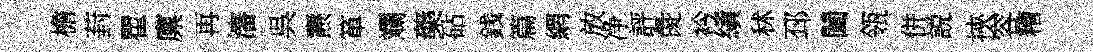
檐葑瞿廪再瀋呉燾箪斕藥砧銭篇網放净評彘衿績秫邳闔瓴併説挾容糟